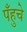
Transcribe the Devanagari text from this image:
पँहुचे